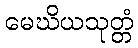
မေဃိယသုတ္တံ